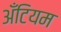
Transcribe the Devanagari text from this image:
अँटियम